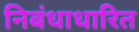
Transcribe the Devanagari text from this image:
निबंधाधारित